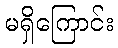
မရှိကြောင်း